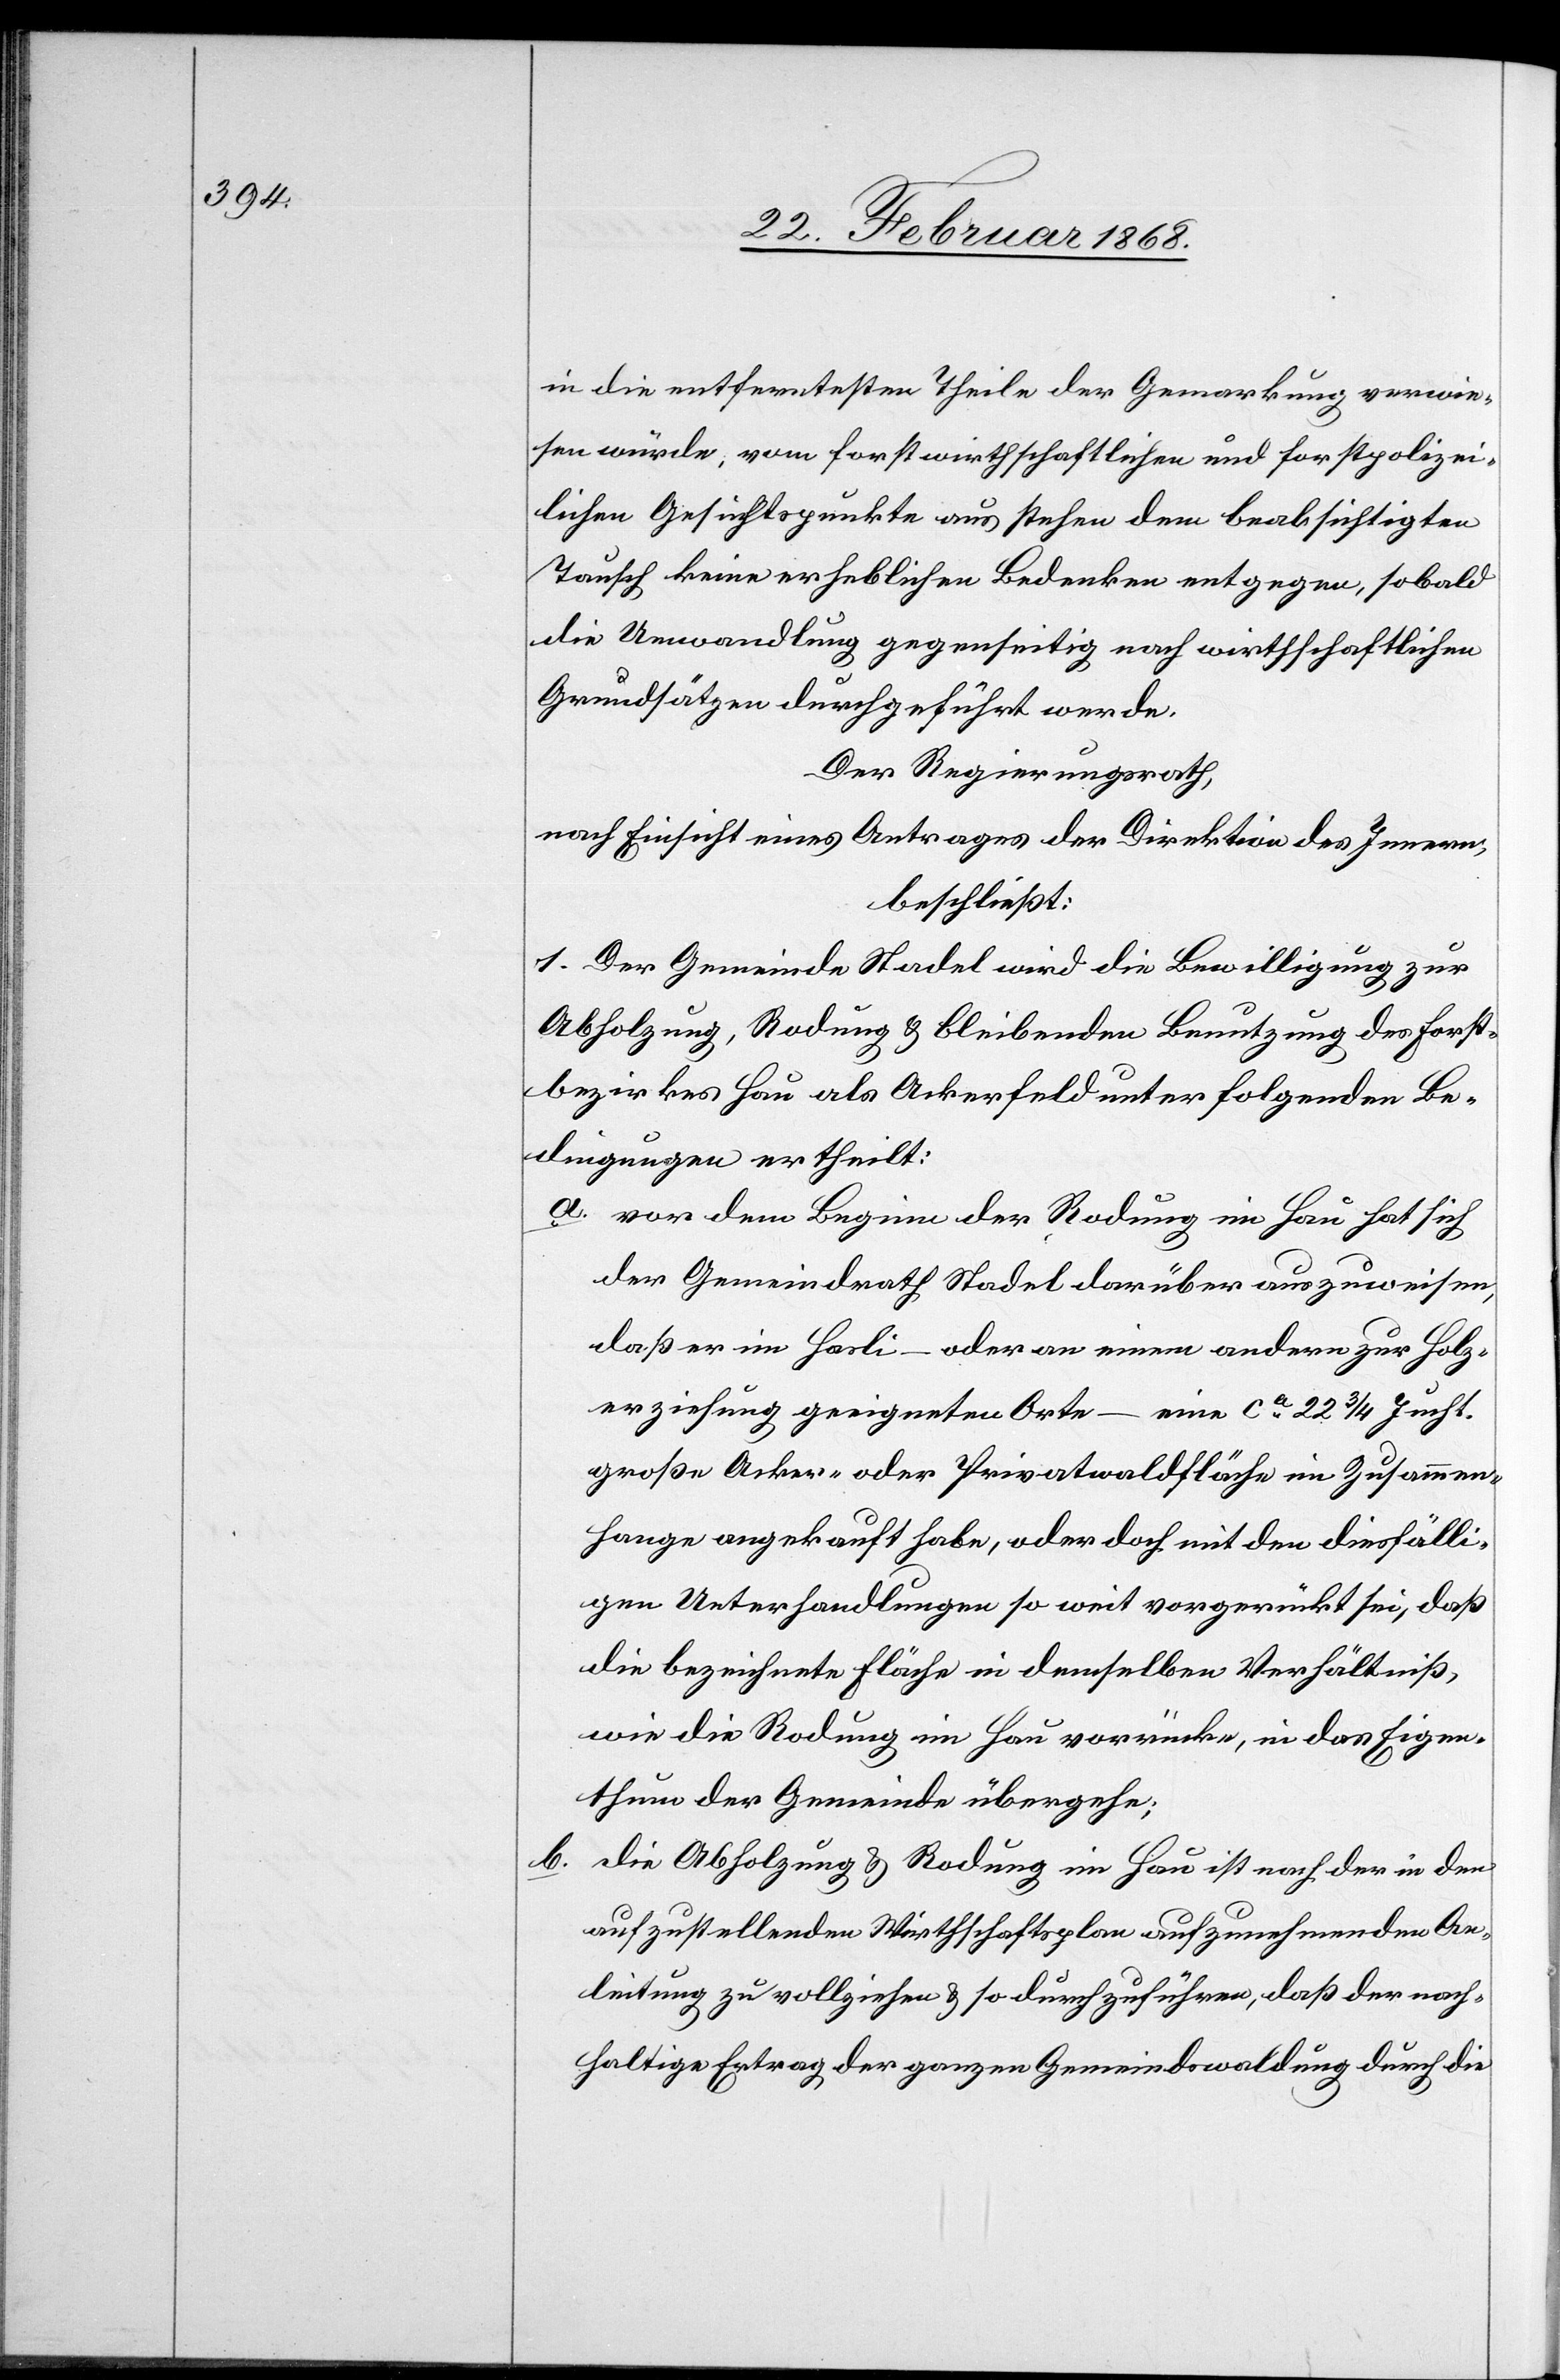
in die entferntesten Theile der Gemarkung verwie¬
sen würde, vom forstwirthschaftlichen und forstpolizei¬
lichen Gesichtspunkte aus stehen dem beabsichtigten
Tausch keine erheblichen Bedenken entgegen, sobald
die Umwandlung gegenseitig nach wirthschaftlichen
Grundsätzen durchgeführt werde.
Der Regierungsrath,
nach Einsicht eines Antrages der Direktion des Innern,
beschließt:
1. Der Gemeinde Stadel wird die Bewilligung zur
Abholzung, Rodung & bleibenden Benutzung des Forst¬
bezirkes Hau als Ackerfeld unter folgenden Be¬
dingungen ertheilt:
vor dem Beginn der Rodung im Hau hat sich
der Gemeindrath Stadel darüber auszuweisen,
daß er im Hasli – oder an einem andern zur Holz¬
erziehung geeigneten Orte – eine ca. 22 3/4 Jucht.
große Acker- oder Privatwaldfläche im Zusammen¬
hange angekauft habe, oder doch mit den diesfälli¬
gen Unterhandlungen so weit vorgerückt sei, daß
die bezeichnete Fläche in demselben Verhältniß,
wie die Rodung im Hau vorrücke, in das Eigen¬
thum der Gemeinde übergehe;
die Abholzung & Rodung im Hau ist nach der in den
aufzustellenden Wirthschaftsplan aufzunehmenden An¬
leitung zu vollziehen & so durchzuführen, daß der nach¬
haltige Ertrag der ganzen Gemeindswaldung durch die